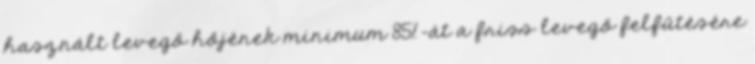
használt levegő hőjének minimum 85%-át a friss levegő felfűtésére